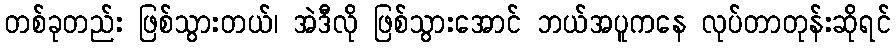
တစ်ခုတည်း ဖြစ်သွားတယ်၊ အဲဒီလို ဖြစ်သွားအောင် ဘယ်အပူကနေ လုပ်တာတုန်းဆိုရင်